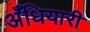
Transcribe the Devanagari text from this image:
अँधियारी